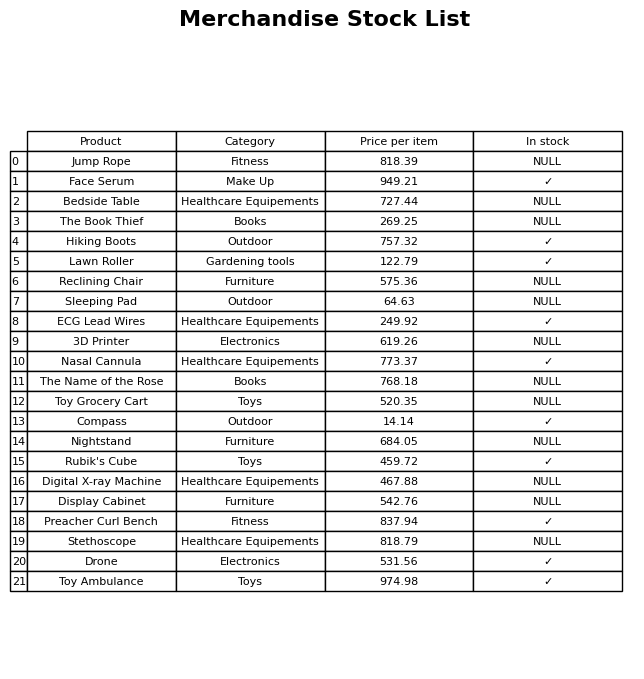
question: What is the price for Display Cabinet?
answer: The price of Display Cabinet is 542.76.